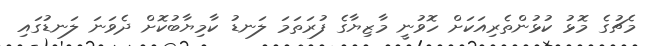
މެޗުގެ މޮޅު ކުޅުންތެރިއަކަށް ހޮވުނީ މާޒިޔާގެ ފުރަތަމަ ލަނޑު ކާމިޔާބުކޮށް ދެވަނަ ލަނޑުގައި